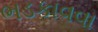
ભડકાવવા